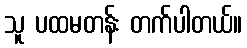
သူ ပထမတန်း တက်ပါတယ်။